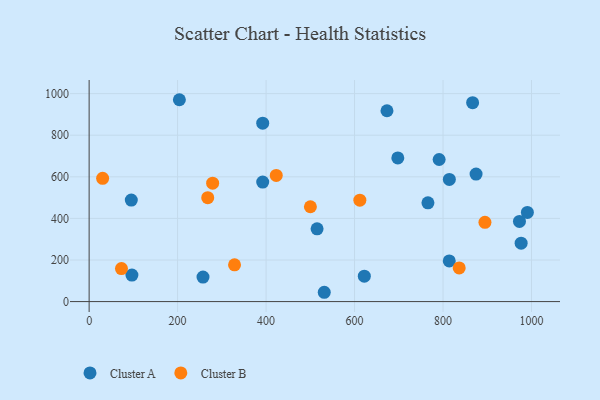
{"axis": {"x": "Study Hours", "y": "Fuel Efficiency"}, "legend": ["Cluster A", "Cluster B"], "data": [{"x": "673.3", "y": 917.7, "type": "Cluster A"}, {"x": "515.3", "y": 350.0, "type": "Cluster A"}, {"x": "392.4", "y": 574.6, "type": "Cluster A"}, {"x": "874.7", "y": 613.0, "type": "Cluster A"}, {"x": "765.9", "y": 474.9, "type": "Cluster A"}, {"x": "622.1", "y": 122.0, "type": "Cluster A"}, {"x": "976.6", "y": 280.9, "type": "Cluster A"}, {"x": "697.8", "y": 690.8, "type": "Cluster A"}, {"x": "972.8", "y": 385.5, "type": "Cluster A"}, {"x": "96.7", "y": 127.6, "type": "Cluster A"}, {"x": "814.1", "y": 195.3, "type": "Cluster A"}, {"x": "990.7", "y": 428.5, "type": "Cluster A"}, {"x": "866.9", "y": 956.5, "type": "Cluster A"}, {"x": "814.3", "y": 587.6, "type": "Cluster A"}, {"x": "791.2", "y": 683.2, "type": "Cluster A"}, {"x": "531.5", "y": 44.8, "type": "Cluster A"}, {"x": "257.4", "y": 117.8, "type": "Cluster A"}, {"x": "95.3", "y": 488.2, "type": "Cluster A"}, {"x": "392.4", "y": 857.8, "type": "Cluster A"}, {"x": "204.0", "y": 970.6, "type": "Cluster A"}, {"x": "73.1", "y": 158.8, "type": "Cluster B"}, {"x": "612.0", "y": 487.5, "type": "Cluster B"}, {"x": "268.1", "y": 499.8, "type": "Cluster B"}, {"x": "836.6", "y": 161.9, "type": "Cluster B"}, {"x": "30.5", "y": 592.9, "type": "Cluster B"}, {"x": "894.8", "y": 380.9, "type": "Cluster B"}, {"x": "500.2", "y": 456.1, "type": "Cluster B"}, {"x": "328.7", "y": 176.6, "type": "Cluster B"}, {"x": "423.0", "y": 606.8, "type": "Cluster B"}, {"x": "279.2", "y": 569.2, "type": "Cluster B"}]}